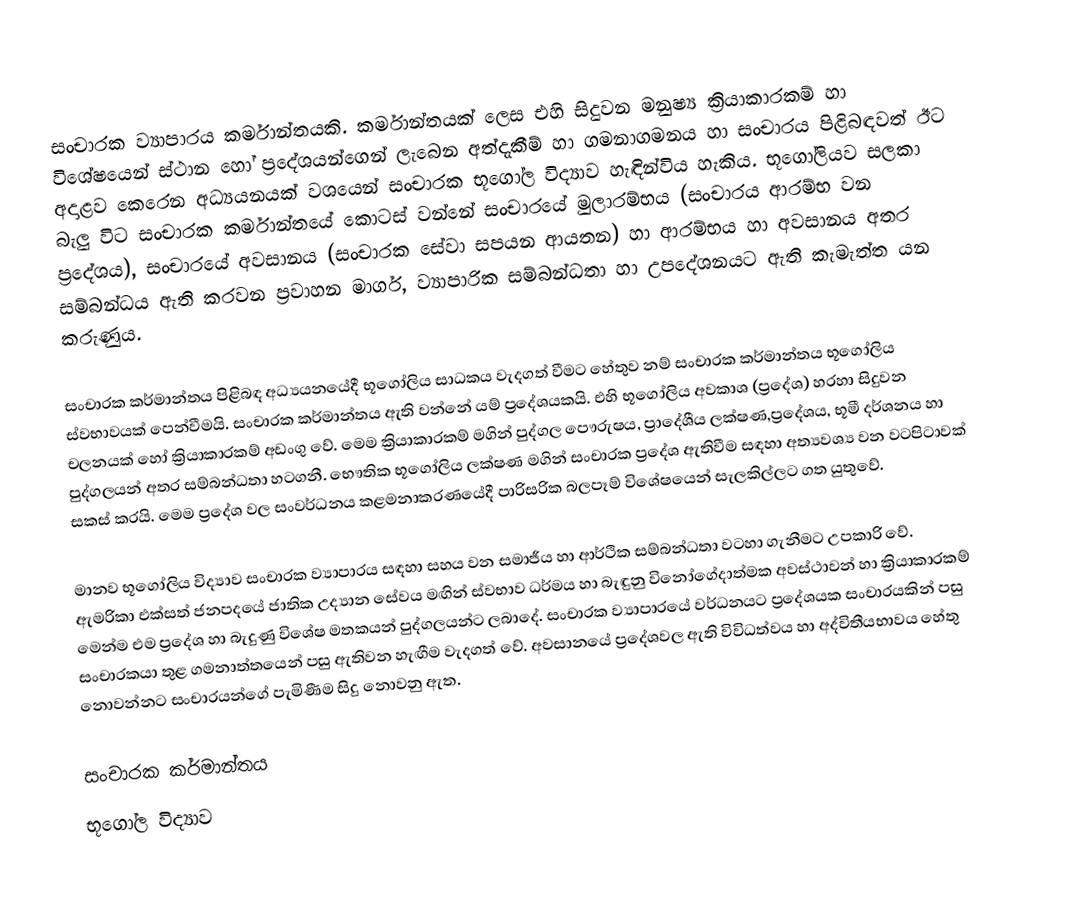
සංචාරක ව්‍යාපාරය කර්මාන්තයකි. කර්මාන්තයක් ලෙස එහි සිදුවන මනුෂ්‍ය ක්‍රියාකාරකම් හා විශේෂයෙන් ස්ථාන හෝ ප්‍රදේශයන්ගෙන් ලැබෙන අත්දැකීම් හා  ගමනාගමනය හා සංචාරය පිළිබඳවත් ඊට අදාළව  කෙරෙන අධ්‍යයනයක් වශයෙන් සංචාරක භූගෝල විද්‍යාව හැඳින්විය හැකිය. භූගෝලියව සලකා බැලු විට සංචාරක කර්මාන්තයේ කොටස් වන්නේ සංචාරයේ මුලාරම්භය (සංචාරය ආරම්භ වන ප්‍රදේශය), සංචාරයේ අවසානය (සංචාරක සේවා සපයන ආයතන) හා ආරම්භය හා අවසානය අතර සම්බන්ධය ඇති කරවන ප්‍රවාහන මාර්ග, ව්‍යාපාරික සම්බන්ධතා හා උපදේශනයට ඇති කැමැත්ත යන කරුණුය.

සංචාරක කර්මාන්තය පිළිබඳ අධ්‍යයනයේදී භූගෝලිය සාධකය වැදගත් වීමට හේතුව නම් සංචාරක කර්මාන්තය භූගෝලිය ස්වභාවයක් පෙන්වීමයි. සංචාරක කර්මාන්තය ඇති වන්නේ යම් ප්‍රදේශයකයි. එහි භූගෝලිය අවකාශ (ප්‍රදේශ) හරහා සිදුවන චලනයක් හෝ ක්‍රියාකාරකම් අඩංගු වේ. මෙම ක්‍රියාකාරකම් මගින් පුද්ගල පෞරුෂය, ප්‍රාදේශීය ලක්ෂණ,ප්‍රදේශය, භූමී දර්ශනය හා පුද්ගලයන් අතර  සම්බන්ධතා හටගනී. භෞතික භූගෝලිය ලක්ෂණ මගින් සංචාරක ප්‍රදේශ ඇතිවීම සඳහා අත්‍යවශ්‍ය වන වටපිටාවක් සකස් කරයි. මෙම ප්‍රදේශ වල සංවර්ධනය කළමනාකරණයේදී පාරිසරික බලපෑම් විශේෂයෙන් සැලකිල්ලට ගත යුතුවේ.

මානව භූගෝලිය විද්‍යාව සංචාරක ව්‍යාපාරය සඳහා සහය වන සමාජීය හා ආර්ථික සම්බන්ධතා වටහා ගැනීමට උපකාරි වේ. ඇමරිකා එක්සත් ජනපදයේ ජාතික උද්‍යාන සේවය මඟින් ස්වභාව ධර්මය හා බැඳුනු විනෝගේදාත්මක අවස්ථාවන් හා ක්‍රියාකාරකම් මෙන්ම එම ප්‍රදේශ හා බැදුණු විශේෂ මතකයන් පුද්ගලයන්ට ලබාදේ. සංචාරක ව්‍යාපාරයේ වර්ධනයට ප්‍රදේශයක සංචාරයකින් පසු සංචාරකයා තුළ  ගමනාත්තයෙන් පසු ඇතිවන හැඟීම වැදගත් වේ. අවසානයේ ප්‍රදේශවල ඇති විවිධත්වය හා අද්විතීයභාවය හේතු නොවන්නට සංචාරයන්ගේ පැමිණීම සිදු නොවනු ඇත.

සංචාරක කර්මාන්තය
භූගෝල විද්‍යාව